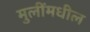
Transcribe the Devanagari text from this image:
मुलींमधील